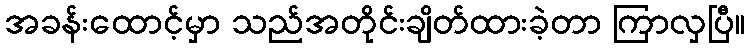
အခန်းထောင့်မှာ သည်အတိုင်းချိတ်ထားခဲ့တာ ကြာလှပြီ။